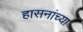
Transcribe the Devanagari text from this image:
हासनांच्या